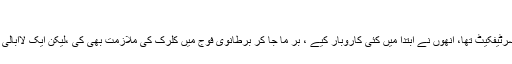
"
ان کے پاس رسمی تعلیم میں صرف ہائی اسکول کا سرٹیفکیٹ تھا، انھوں نے ابتدا میں کئی کاروبار کیے ، بر ما جا کر برطانوی فوج میں کلرک کی ملازمت بھی کی ،لیکن ایک لاابالی ادیب اور فنکار کے ذہن کو کہیں قرار نہ حاصل ہوا۔